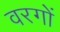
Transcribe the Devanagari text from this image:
वरगों